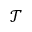
\mathcal { T }